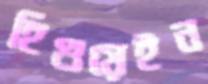
হিগুয়েইন